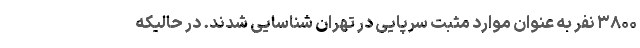
۳۸۰۰ نفر به عنوان موارد مثبت سرپایی در تهران شناسایی شدند. در حالیکه